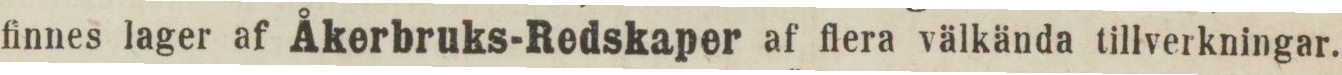
finnes lager af Åkerbruks-Redskaper af flera välkända tillverkningar.